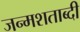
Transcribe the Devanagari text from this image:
जन्‍मशताब्‍दी